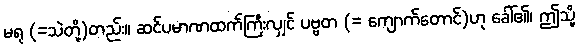
မရု (=သဲတို့)တည်း။ ဆင်ပမာဏထက်ကြီးလျှင် ပဗ္ဗတ (= ကျောက်တောင်)ဟု ခေါ်၏၊ ဤသို့